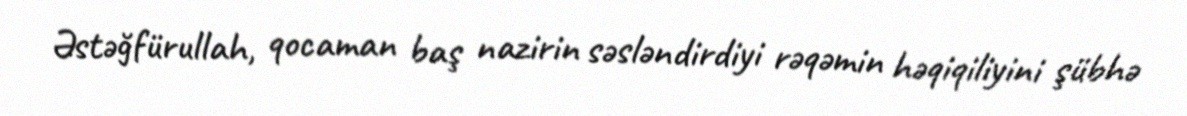
Əstəğfürullah, qocaman baş nazirin səsləndirdiyi rəqəmin həqiqiliyini şübhə